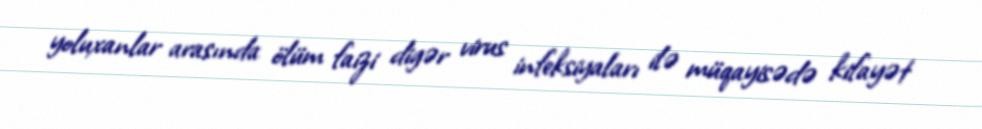
yoluxanlar arasında ölüm faizi digər virus infeksiyaları ilə müqayisədə kifayət